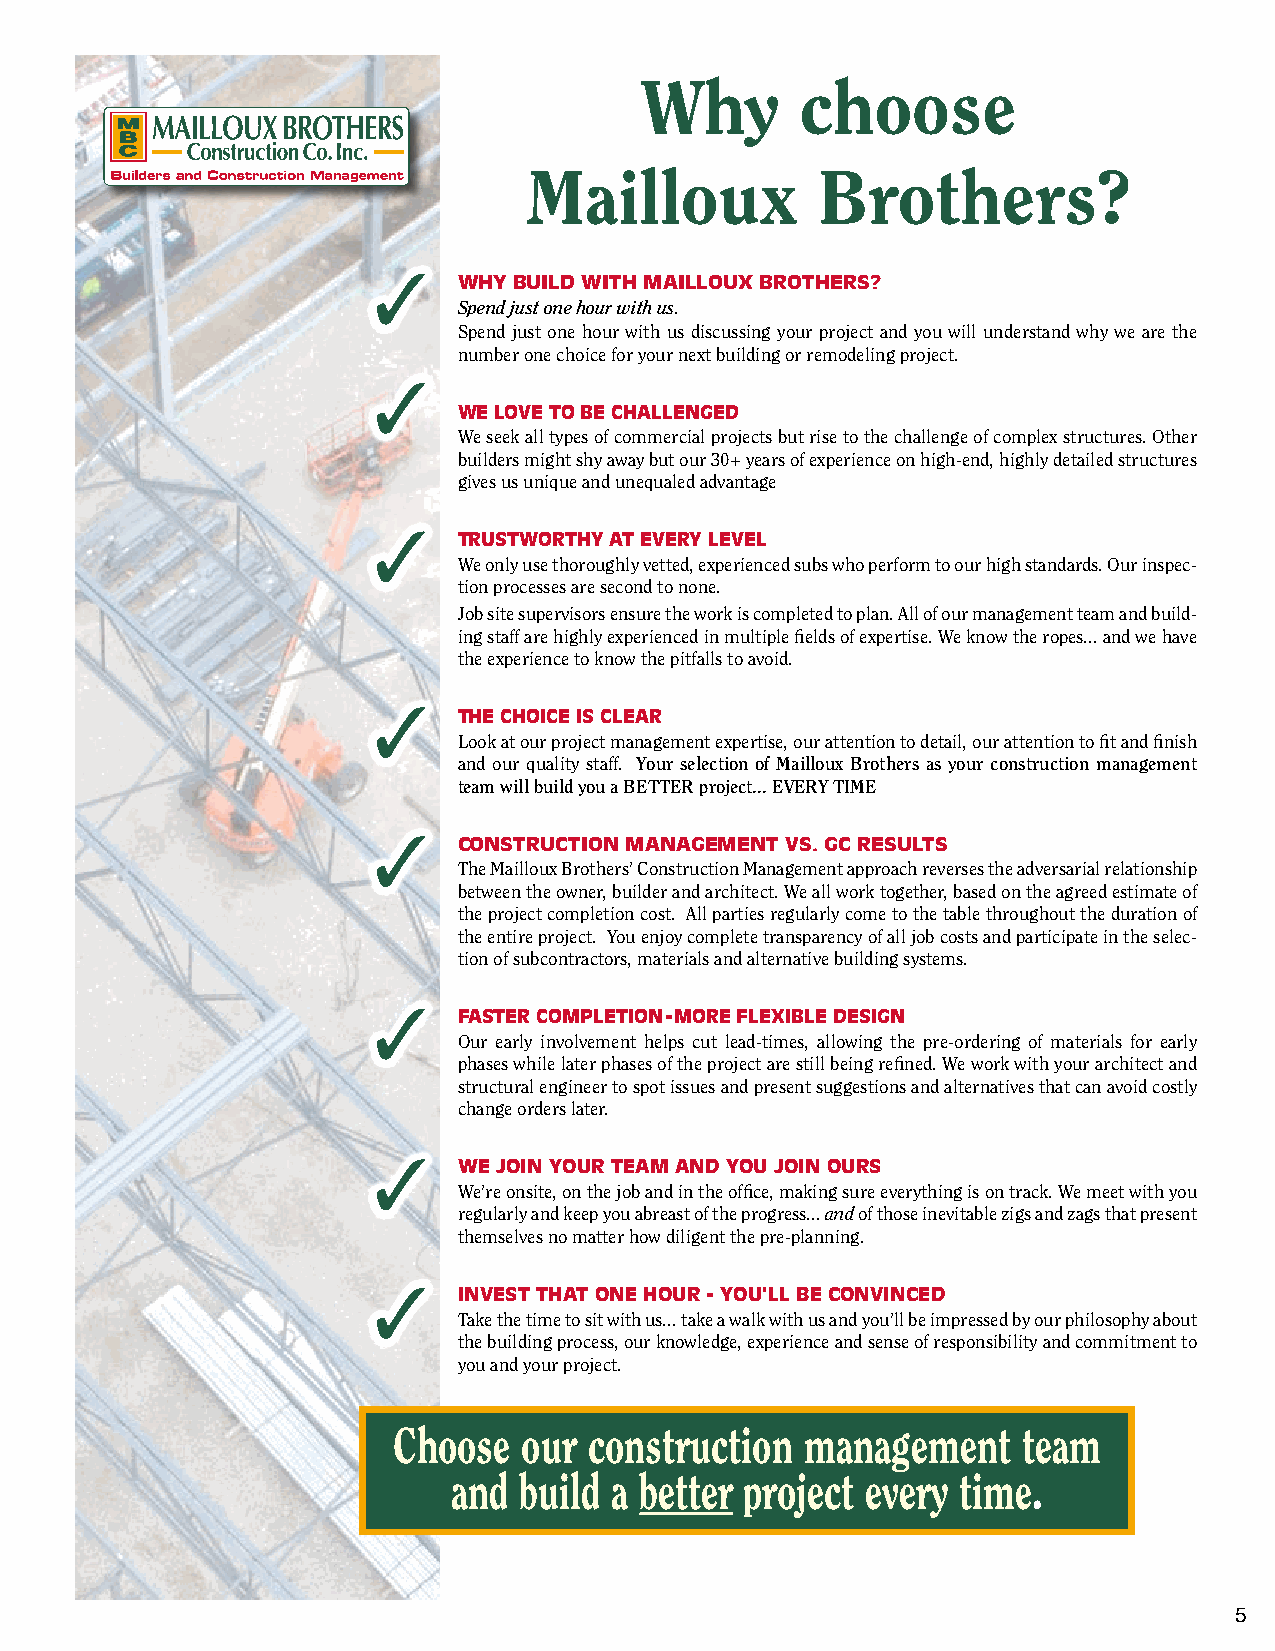
Why        choose
 Mailloux           Brothers?
 WHY BUILD WITH MAILLOUX BROTHERS?
 Spend just one hour with us.
 Spend just one hour with us discussing your project and you will understand why we are the
 number one choice for your next building or remodeling project.
 WE LOVE TO BE CHALLENGED
 We seek all types of commercial projects but rise to the challenge of complex structures. Other
 builders might shy away but our 30+ years of experience on high-end, highly detailed structures
 gives us unique and unequaled advantage
 TRUSTWORTHY AT EVERY LEVEL
 We only use thoroughly vetted, experienced subs who perform to our high standards. Our inspec-
 tion processes are second to none.
 Job site supervisors ensure the work is completed to plan. All of our management team and build-
 ing staff are highly experienced in multiple fields of expertise. We know the ropes... and we have
 the experience to know the pitfalls to avoid.
 THE CHOICE IS CLEAR
 Look at our project management expertise, our attention to detail, our attention to fit and finish
 and our quality staff. Your selection of Mailloux Brothers as your construction management
 team will build you a BETTER project... EVERY TIME
 CONSTRUCTION MANAGEMENT VS. GC RESULTS
 The Mailloux Brothers’ Construction Management approach reverses the adversarial relationship
 between the owner, builder and architect. We all work together, based on the agreed estimate of
 the project completion cost. All parties regularly come to the table throughout the duration of
 the entire project. You enjoy complete transparency of all job costs and participate in the selec-
 tion of subcontractors, materials and alternative building systems.
 FASTER COMPLETION-MORE FLEXIBLE DESIGN
 Our early involvement helps cut lead-times, allowing the pre-ordering of materials for early
 phases while later phases of the project are still being refined. We work with your architect and
 structural engineer to spot issues and present suggestions and alternatives that can avoid costly
 change orders later.
 WE JOIN YOUR TEAM AND YOU JOIN OURS
 We’re onsite, on the job and in the office, making sure everything is on track. We meet with you
 regularly and keep you abreast of the progress... and of those inevitable zigs and zags that present
 themselves no matter how diligent the pre-planning.
 INVEST THAT ONE HOUR - YOU’LL BE CONVINCED
 Take the time to sit with us... take a walk with us and you’ll be impressed by our philosophy about
 the building process, our knowledge, experience and sense of responsibility and commitment to
 you and your project.
 Choose   our construction  management     team
 and build a better project every  time.
 5